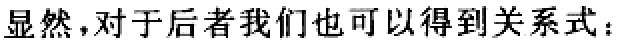
显然，对于后者我们也可以得到关系式：